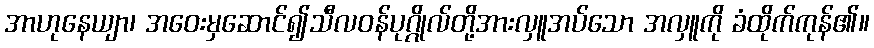
အာဟုနေယျာ၊ အဝေးမှဆောင်၍သီလဝန်ပုဂ္ဂိုလ်တို့အားလှူအပ်သော အလှူကို ခံထိုက်ကုန်၏။